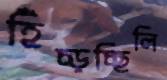
হিঁচ্‌ড়চ্ছিলি